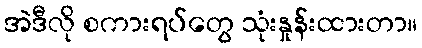
အဲဒီလို စကားရပ်တွေ သုံးနှုန်းထားတာ။